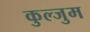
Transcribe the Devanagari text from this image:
कुल्जुम